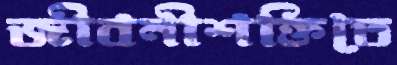
জীবনীশক্তিতে